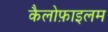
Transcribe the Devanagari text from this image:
कैलोफ़ाइलम